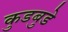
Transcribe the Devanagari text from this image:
कुडबुडे